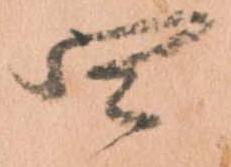
四